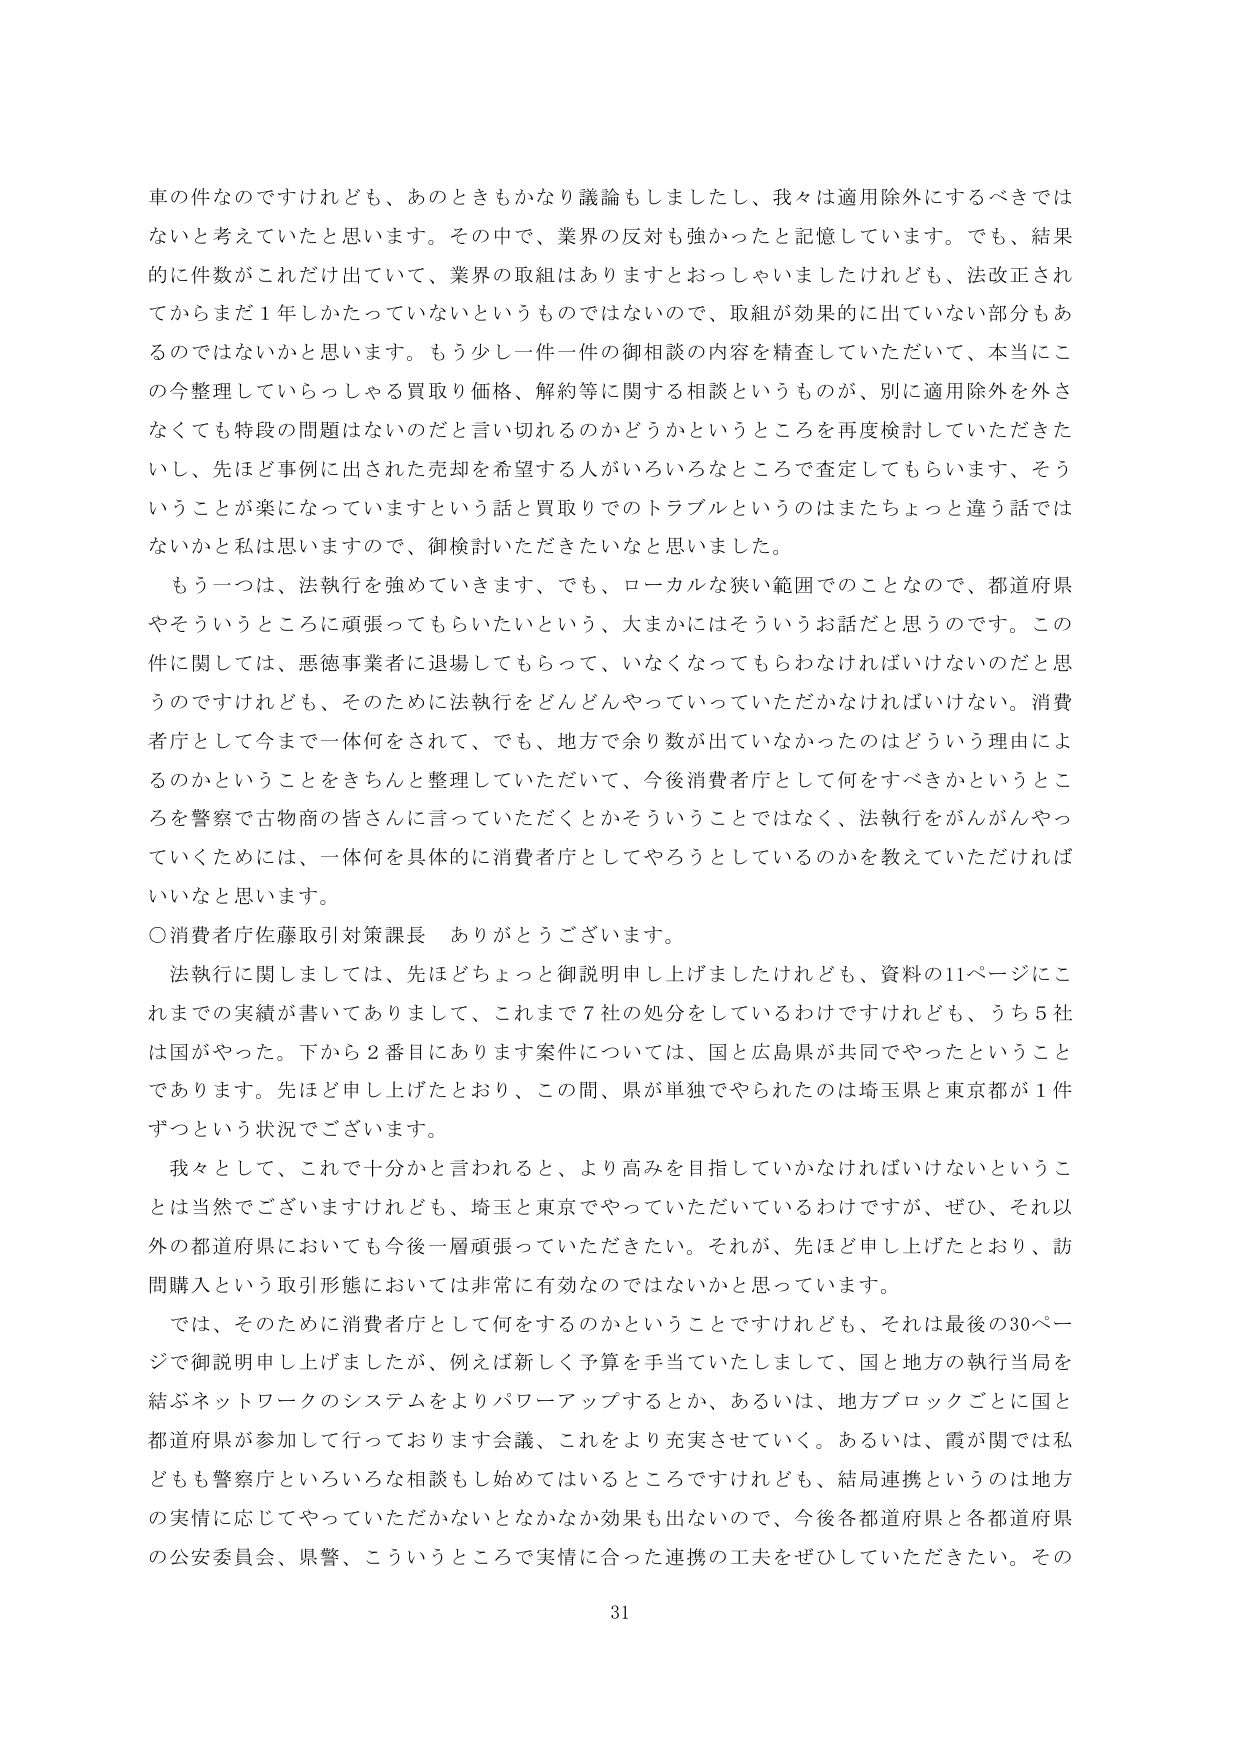
車の件なのですがけれども、あのときもかなり議論もしましたし、我々は適用除外にするべきではないと考えていたと思います。その中で、業界の反対も強かったと記憶しています。でも、結果的に件数がこれだけ出ていて、業界の取組はありますとおっしゃいましたけれども、法改正されてからまだ１年しかたっていないというものではないので、取組が効果的に出ていない部分もあるのではないかと思います。もう少しこの今整理していらっしゃる買取り価格、解約等に関する相談というものが、別に適用除外を外さなくても特段の問題はないのだと言い切れるのかどうかというところを再度検討していただきたいし、先ほど事例に出された売却を希望する人がいろいろなところで査定してもらいます、そういうことが楽になっていますという話と買取りでのトラブルというのはまたちょっと違う話ではないかと私は思いますので、御検討いただきたいなと思いました。

もう一つは、法執行を強めていきます、でも、ローカルな狭い範囲でのことなので、都道府県やそういうところに頑張ってもらいたいという、大まかにはそういうお話だと思うのです。この件に関しては、悪徳事業者に退場してもらって、いなくなってもらわなければいけないだと思うのですけれども、そのために法執行をどんどんやっていっていただかなければならない。消費者庁として今まで一体何をされて、でも、地方で余り数が出ていなかったのはどういう理由によるのかということをきちんと整理していただいて、今後消費者庁として何をすべきかということを警察で古物商の皆さんに言っていただくとかそういうことではなく、法執行をがんがんやっていくためには、一体何を具体的に消費者庁としてやろうとしているのかを教えていただければいいなと思います。

〇消費者庁佐藤取引対策課長　ありがとうございます。

法執行に関しましては、先ほどちょっと御説明申し上げましたけれども、資料の11ページにこれまでの実績が書いてありまして、これまで7社の処分をしているわけですがけれども、うち5社は国がやった。下から2番目にあります案件については、国と広島県が共同でやったということあります。先ほど申し上げたとおり、この間、県が単独でやられたのは埼玉県と東京都が1件ずつという状況でございます。

我々として、これで十分かと言われると、より高みを目指していかなければならないということは当然でございますけれども、埼玉と東京でやっていただいているわけですが、ぜひ、それ以外の都道府県においても今後一層頑張っていただきたい。それが、先ほど申し上げたとおり、訪問購入という取引形態においては非常に有効なのではないかと思っています。

では、そのために消費者庁として何をするのかということですけれども、それは最後の30ページで御説明申し上げましたが、例えば新しく予算を手当ていたしまして、国と地方の執行当局を結ぶネットワークのシステムをよりパワーアップするとか、あるいは、地方ブロックごとに国と都道府県が参加して行っております会議、これをより充実させていく。あるいは、霞が関では私どもも警察庁といろいろな相談も始めてはいるところですけれども、結局連携というのは地方の実情に応じてやっていただかないとなかなか効果も出ないので、今後各都道府県と各都道府県の公安委員会、県警、こういうところで実情に合った連携の工夫をぜひしていただきたい。その

31